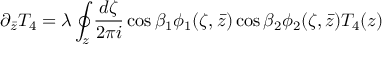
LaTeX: \partial _ { \bar { z } } T _ { 4 } = \lambda \oint _ { z } \frac { d \zeta } { 2 \pi i } \cos { \beta } _ { 1 } \phi _ { 1 } ( \zeta , \bar { z } ) \cos { \beta } _ { 2 } \phi _ { 2 } ( \zeta , \bar { z } ) T _ { 4 } ( z )